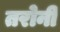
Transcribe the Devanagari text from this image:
तरोनी